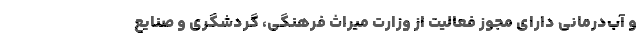
و آب‌درمانی دارای مجوز فعالیت از وزارت میراث فرهنگی، گردشگری و صنایع